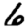
Digit: 6